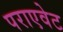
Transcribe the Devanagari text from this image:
पराएवेट